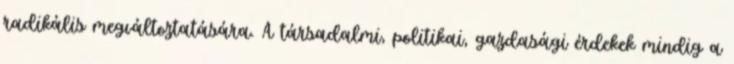
radikális megváltoztatására. A társadalmi, politikai, gazdasági érdekek mindig a